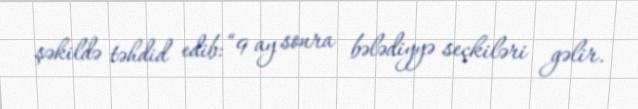
şəkildə təhdid edib: “9 ay sonra bələdiyyə seçkiləri gəlir.